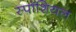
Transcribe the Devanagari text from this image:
स्पॉशियल